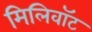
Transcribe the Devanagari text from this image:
मिलिवॉट